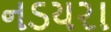
નડયરા